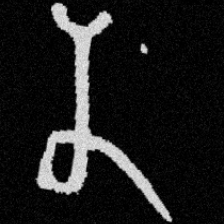
Pyu character \u2014 Myanmar letter: န (romanized: na)